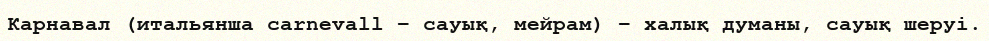
Карнавал (итальянша carnevall – сауық, мейрам) – халық думаны, сауық шеруі.